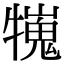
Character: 𤛲